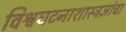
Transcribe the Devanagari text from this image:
विश्वघटनाशास्त्रज्ञांचा